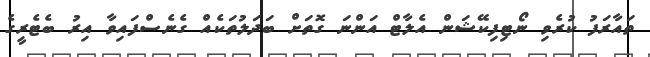
ތައާރަފު ކުރެވި ނޯޓިފިކޭޝަން އެލާޓް އަންނަ ގޮތަށް ބަދަލުތަކެއް ގެނެސްފައިވާ އިރު ބެޓެރީގެ